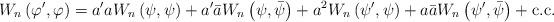
LaTeX: \begin{align*} W_{n}\left(\varphi',\varphi\right)=a'aW_{n}\left(\psi,\psi\right)+a'\bar{a}W_{n}\left(\psi,\bar{\psi}\right) +a^{2}W_{n}\left(\psi',\psi\right)+a\bar{a}W_{n}\left(\psi',\bar{\psi}\right)+ \mbox{c.c.} \end{align*}